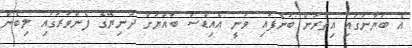
އެ ބަޔާނުގައި އިތުރަށް ބުނެފައި ވަނީ އެއިޑްސް ބައްޔަށް ދުނިޔޭގެ ފެންވަރުގައި ލިބެން